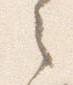
之